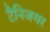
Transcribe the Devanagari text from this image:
टैनिजयर